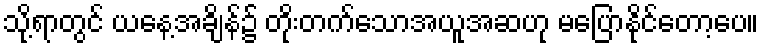
သို့ရာတွင် ယနေ့အချိန်၌ တိုးတက်သောအယူအဆဟု မပြောနိုင်တော့ပေ။